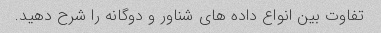
تفاوت بین انواع داده های شناور و دوگانه را شرح دهید.